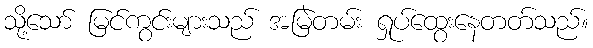
သို့သော် မြင်ကွင်းများသည် အမြဲတမ်း ရှုပ်ထွေးနေတတ်သည်။